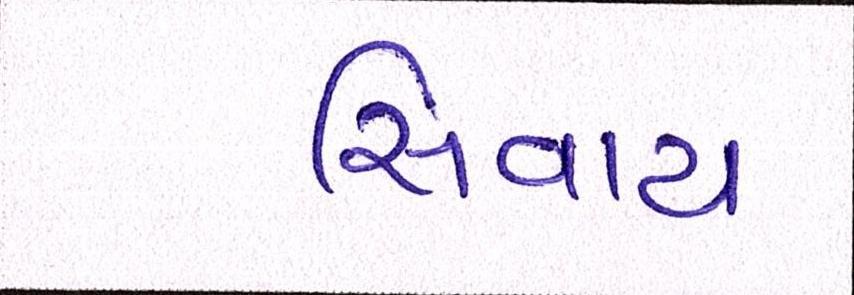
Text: સિવાય